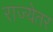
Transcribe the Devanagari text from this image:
राज्येतर